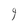
Character: 9